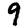
Digit: 9